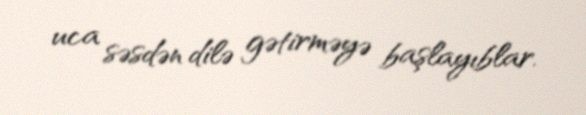
uca səsdən dilə gətirməyə başlayıblar.